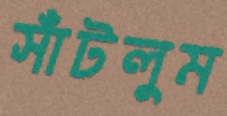
সাঁটলুম